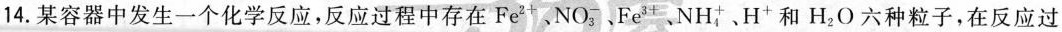
14. 某容器中发生一个化学反应，反应过程中存在Fe^{2+}、NO_{3}^{-}、Fe^{3+}、NH_{4}^{+}、H^{+} 和 H_{2}O 六种粒子，在反应过